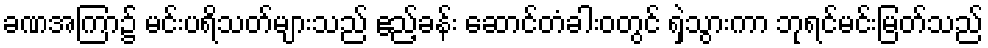
ခဏအကြာ၌ မင်းပရိသတ်များသည် ဧည့်ခန်း ဆောင်တံခါးဝတွင် ရှဲသွားကာ ဘုရင်မင်းမြတ်သည်